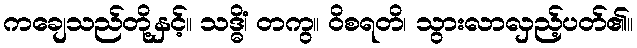
ကချေသည်တို့နှင့်။ သဒ္ဓိံ၊ တကွ။ ဝိစရတိ၊ သွားလာလှည့်ပတ်၏။